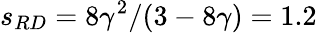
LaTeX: s_{RD}=8\gamma^{2}/(3-8\gamma)=1.2